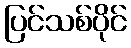
ပြင်သစ်ပိုင်